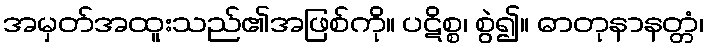
အမှတ်အထူးသည်၏အဖြစ်ကို။ ပဋိစ္စ၊ စွဲ၍။ ဓာတုနာနတ္တံ၊